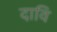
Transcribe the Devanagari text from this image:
दावि